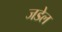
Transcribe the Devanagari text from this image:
जडेल